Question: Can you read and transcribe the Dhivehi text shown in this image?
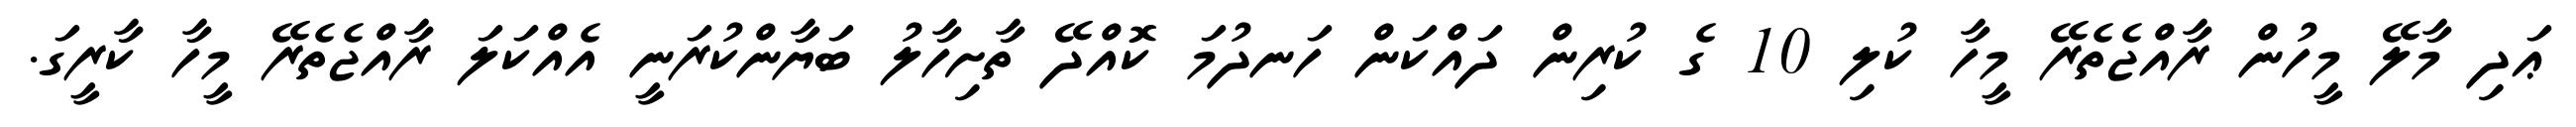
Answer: ޢަދި މާލޭ މީހުން ރާއްޖެތެރޭ މީހާ ކުލި 10 ގެ ކުރިން ދައްކަން ހަނދުމަ ކޮއްދޭ ތާށިހާލު ބަޔާންކުރަނީ އެއްކަލަ ރާއްޖެތެރޭ މީހާ ކާރީގަ.